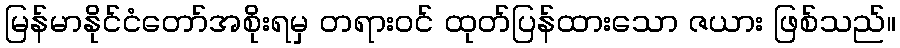
မြန်မာနိုင်ငံတော်အစိုးရမှ တရားဝင် ထုတ်ပြန်ထားသော ဇယား ဖြစ်သည်။